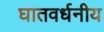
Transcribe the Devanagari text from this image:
घातवर्धनीय